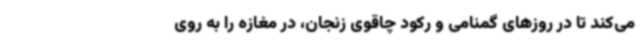
می‌کند تا در روزهای گمنامی و رکود چاقوی زنجان، در مغازه را به روی